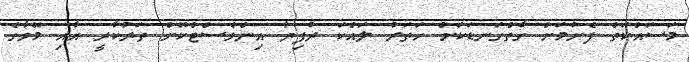
މަސައްކަތް ފެށުމަށް ގާތްގަނޑަކަށް ހަތަރު ލައްކަ ރުފިޔާ އިންވެސްޓްކޮށް ތަރުކާރީ އާއި މޭވާގެ